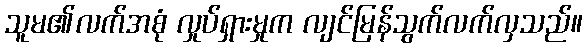
သူမ၏လက်အစုံ လှုပ်ရှားမှုက လျင်မြန်သွက်လက်လှသည်။